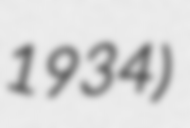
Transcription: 1934)